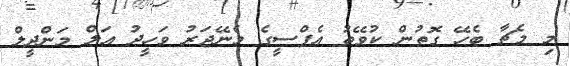
މި މެޗާ ބެހޭ ގޮތުން ކުވޭތު އެފްސީގެ މެނޭޖަރު ވަހީދު އަލް މަންދީލް